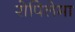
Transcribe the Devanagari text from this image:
रोपिलेमा